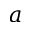
a